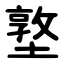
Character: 墪